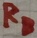
Text: RB